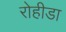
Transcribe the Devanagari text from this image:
रोहीडा